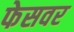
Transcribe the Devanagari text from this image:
फेसवर